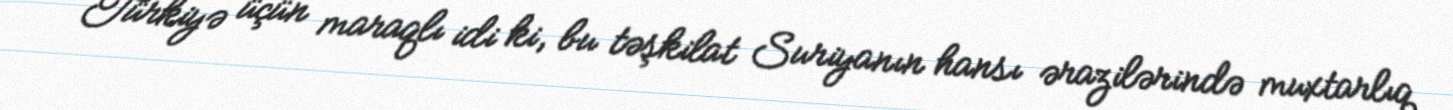
Türkiyə üçün maraqlı idi ki, bu təşkilat Suriyanın hansı ərazilərində muxtarlıq